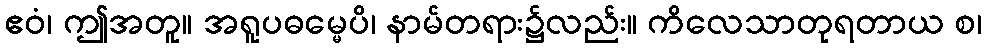
ဧဝံ၊ ဤအတူ။ အရူပဓမ္မေပိ၊ နာမ်တရား၌လည်း။ ကိလေသာတုရတာယ စ၊